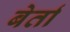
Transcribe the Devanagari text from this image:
बेर्ता